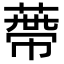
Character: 蔕